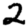
Digit: 2